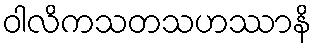
ဝါလိကသတသဟဿာနိ